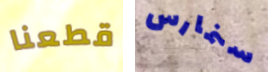
قطعنا سنمارس